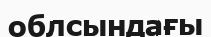
облсындағы